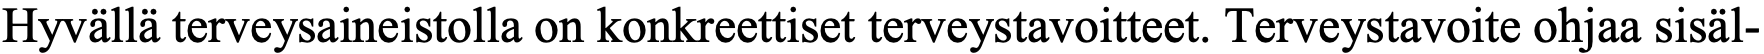
Hyvällä terveysaineistolla on konkreettiset terveystavoitteet. Terveystavoite ohjaa sisäl-